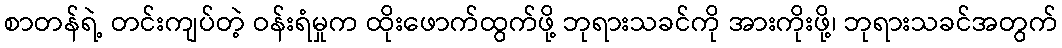
စာတန်ရဲ့ တင်းကျပ်တဲ့ ဝန်းရံမှုက ထိုးဖောက်ထွက်ဖို့ ဘုရားသခင်ကို အားကိုးဖို့၊ ဘုရားသခင်အတွက်